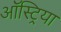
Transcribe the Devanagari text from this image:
ऑस्‍ट्रिया